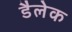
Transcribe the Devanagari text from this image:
डैलेक